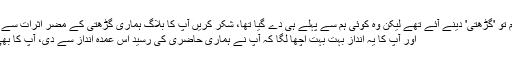
سنکی میاں، ہم تو 'گڑھتی' دینے آئے تھے لیکن وہ کوئی ہم سے پہلے ہی دے گیا تھا، شکر کریں آپ کا بلاگ ہماری گڑھتی کے مضر اثرات سے بچ گیا :grin:
اور آپ کا یہ انداز بہت بہت اچھا لگا کہ آپ نے ہماری حاضری کی رسید اس عمدہ انداز سے دی، آپ کا بھی بہت شکریہ۔